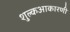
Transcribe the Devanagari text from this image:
शुल्कआकारणी